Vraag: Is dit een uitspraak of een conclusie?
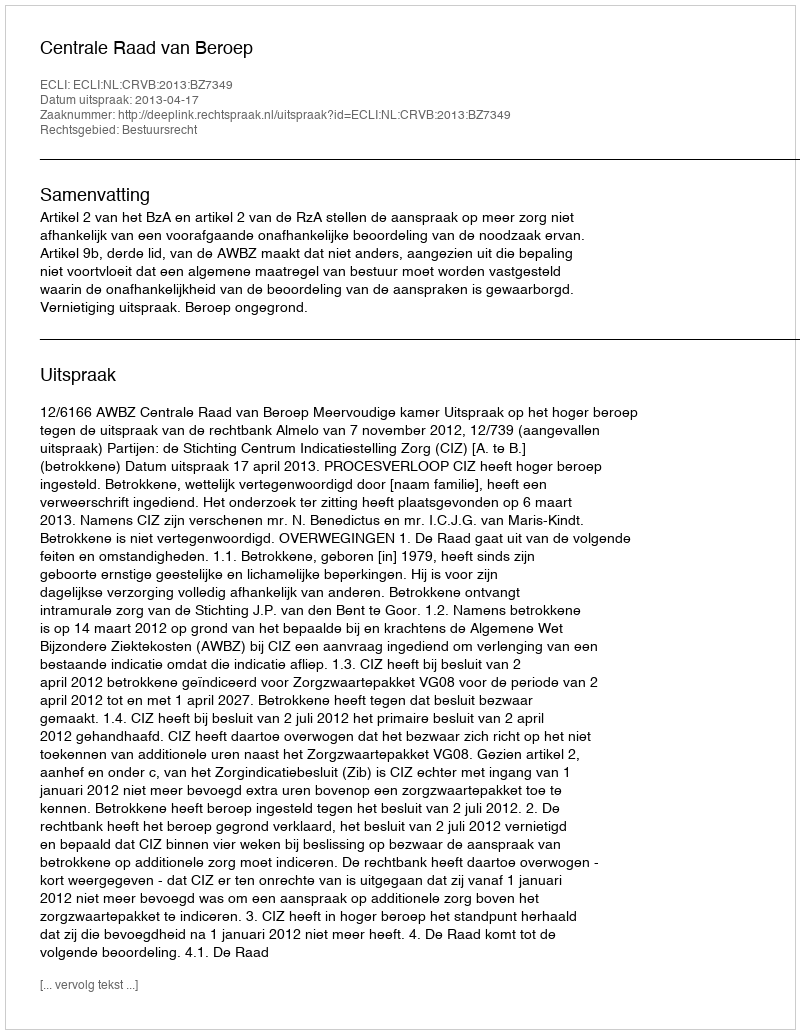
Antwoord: Uitspraak